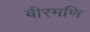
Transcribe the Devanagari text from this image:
वीरमणि